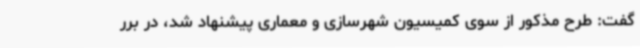
گفت: طرح مذکور از سوی کمیسیون شهرسازی و معماری پیشنهاد شد، در برر